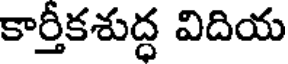
కార్తీకశుద్ధ విదియ